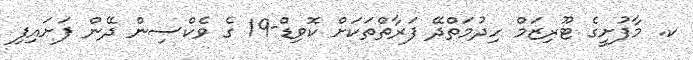
ކ. މާފުށީގެ ޓޫރިޒަމް ހިދުމަތްދޭ ފަރާތްތަކަށް ކޮވިޑް-19 ގެ ވެކްސިން ދޭން ފަށައިފި